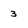
Character: 3